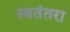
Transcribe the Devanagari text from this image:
स्वतंतरा